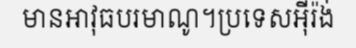
មានអាវុធបរមាណូ។ប្រទេសអ៊ីរ៉ង់